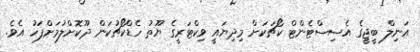
އަނިލް ބީޖީގެ އެސިސްޓެންޓް ކޯޗަކަށް މިދިޔައީ ވިކްޓަރީގެ ޔޫތު ހެޑްކޯޗުކަން ދޫކޮށްލުމަށްފަހު އެވެ.